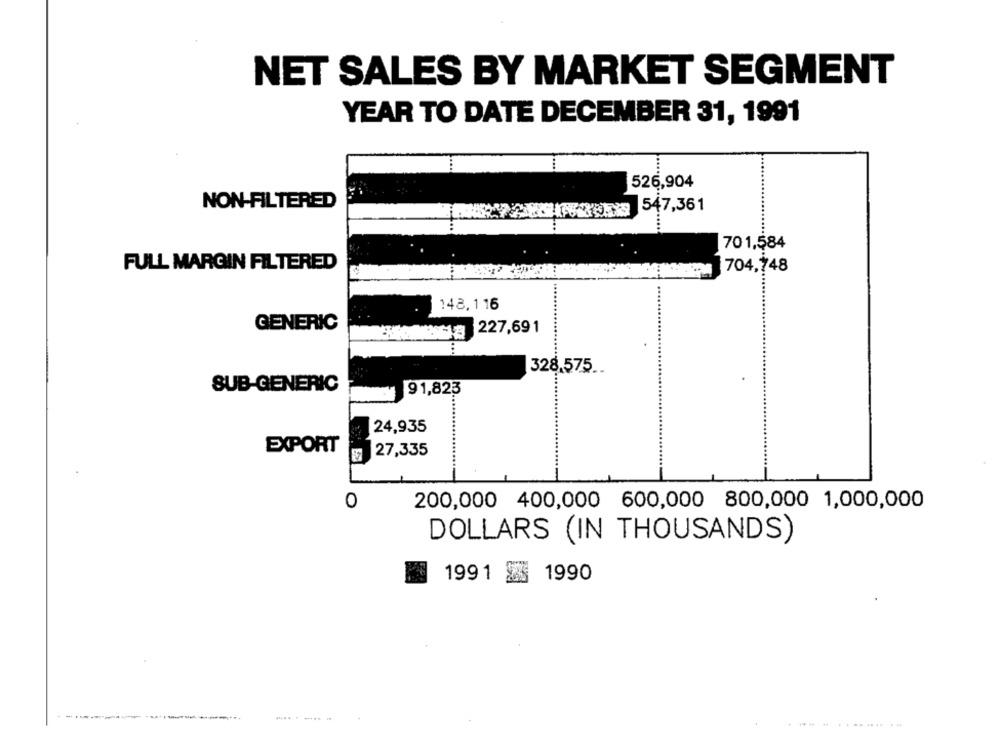
NET SALES BY MARKET SEGMENT
YEAR TO DATE DECEMBER 31, 1991
526,904
NON-FILTERED
88 547,361
701,584
FULL MARGIN FILTERED
704,748
148,116
GENERIC
818 227,691
328.575 ..
SUB-GENERIC
91,823
24,935
EXPORT
27,335
0
200,000 400,000 600,000 800,000 1,000,000
DOLLARS (IN THOUSANDS)
1991 & 1990
.-